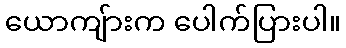
ယောကျ်ားက ပေါက်ပြားပါ။